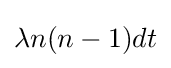
\lambda n(n-1)dt